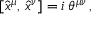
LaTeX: \left[ \hat { x } ^ { \mu } , \, \hat { x } ^ { \nu } \right] = i \, \theta ^ { \mu \nu } \, ,